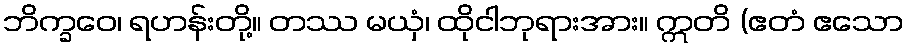
ဘိက္ခဝေ၊ ရဟန်းတို့။ တဿ မယှံ၊ ထိုငါဘုရားအား။ ဣတိ (ဧတံ ဧသော